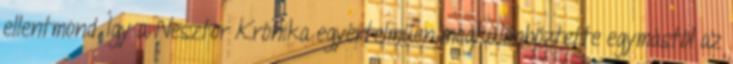
ellentmond. Így a Nesztor Krónika egyértelműen megkülönböztette egymástól az